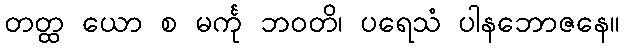
တတ္ထ ယော စ မင်္ကု ဘဝတိ၊ ပရေသံ ပါနဘောဇနေ။